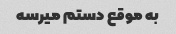
به موقع دستم میرسه